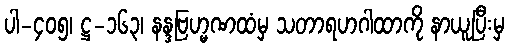
ပါ-၄၀၅၊ ဋ္ဌ-၁၆၃၊ နန္ဒဗြဟ္မဏထံမှ သတာရဟဂါထာကို နာယူပြီးမှ